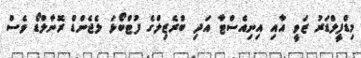
މިޑްފީލްޑަރު ޒަވީ އާއި އިނިއެސްޓާ އަދި ބްރެޒިލްގެ ފުޓްބޯޅަ ލެޖެންޑް ރޮނާލްޑޯ ވެސް